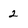
Character: 2